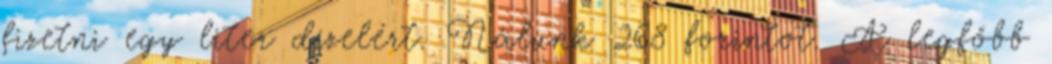
fizetni egy liter dízelért. Nálunk 268 forintot. A legfőbb